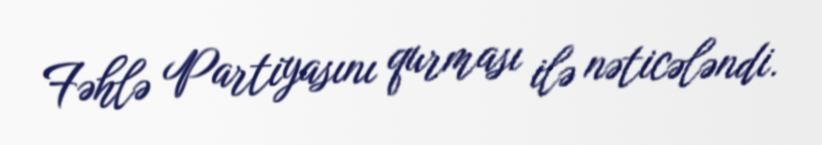
Fəhlə Partiyasını qurması ilə nəticələndi.